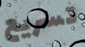
تسريع